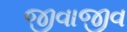
જીવાજીવ